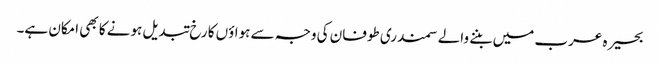
بحیرہ عرب میں بننے والے سمندری طوفان کی وجہ سے ہواؤں کا رخ تبدیل ہونے کا بھی امکان ہے۔